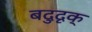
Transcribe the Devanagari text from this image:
बदुदृक्